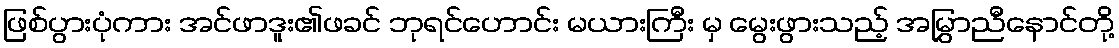
ဖြစ်ပွားပုံကား အင်ဖာဒူး၏ဖခင် ဘုရင်ဟောင်း မယားကြီး မှ မွေးဖွားသည့် အမြွှာညီနောင်တို့